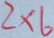
2 \times 6